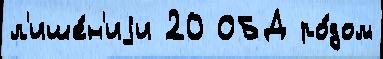
л'ише́н'иjи 20 ОБД ро́дом